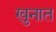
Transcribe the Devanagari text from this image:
खुनात